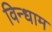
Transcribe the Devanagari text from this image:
विन्धाम